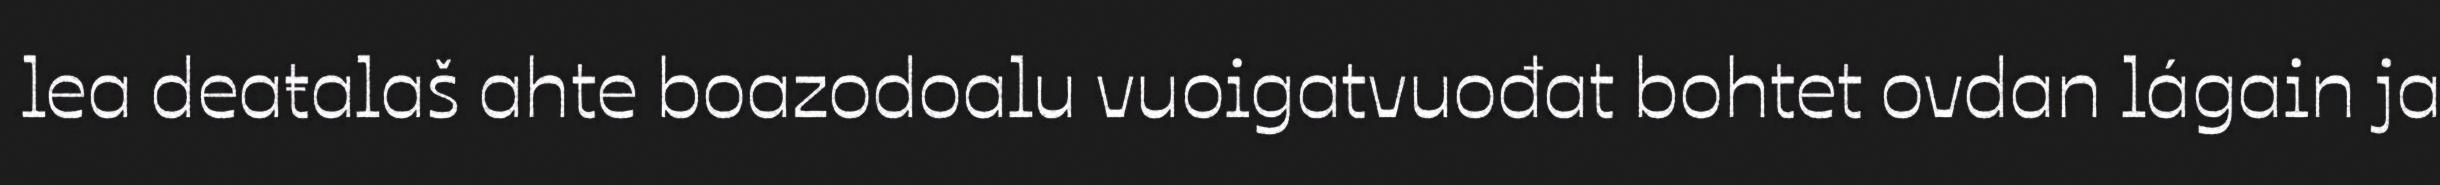
lea deaŧalaš ahte boazodoalu vuoigatvuođat bohtet ovdan lágain ja